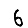
Digit: 6